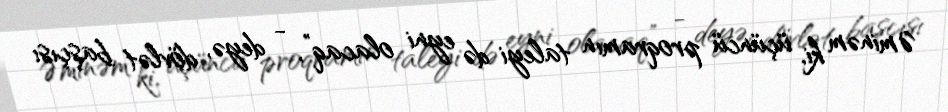
Əminəm ki, üçüncü proqramın taleyi də eyni olacaq”, - deyə, dövlət başçısı